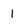
Character: 1